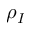
\rho _ { I }